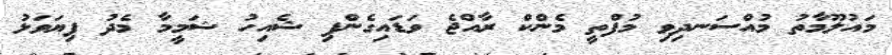
މައުލޫމާތު މުއްސަނދިވި މުފްތީ މެންކް ރާއްޖެ ވަޑައިގެންފި ޝެއިހު ޝަމީމާ މެދު ފިޔަވަޅު